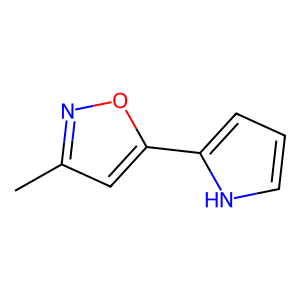
SMILES: Cc1cc(-c2ccc[nH]2)on1
Inhibits HIV replication: No